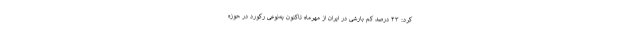
کرد: ۴۳ درصد کم بارشی در ایران از مهرماه تاکنون به‌نوعی رکورد در حوزه